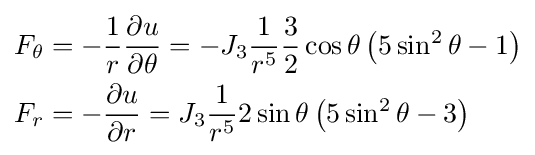
{\begin{aligned}F_{\theta }&=-{\frac {1}{r}}{\frac {\partial u}{\partial \theta }}=-J_{3}{\frac {1}{r^{5}}}{\frac {3}{2}}\cos \theta \left(5\sin ^{2}\theta -1\right)\\F_{r}&=-{\frac {\partial u}{\partial r}}=J_{3}{\frac {1}{r^{5}}}2\sin \theta \left(5\sin ^{2}\theta -3\right)\end{aligned}}